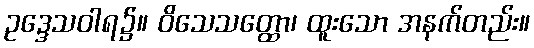
ဥဒ္ဒေသဝါရ၌။ ဝိသေသတ္ထော၊ ထူးသော အနက်တည်း။